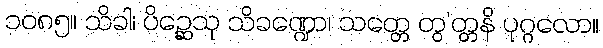
၁၀၈၅။ သိခါ၊ ပိဉ္ဆေသု သိခဏ္ဍော၊ သတ္တေ တွ’တ္တနိ ပုဂ္ဂလော။